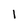
Character: I